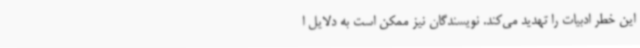
این خطر ادبیات را تهدید می‌کند. نویسندگان نیز ممکن است به دلایل ا